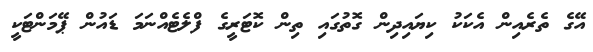
އޭގެ ތެރެއިން އެކަކު ކިޔައިދިން ގޮތުގައި ތިން ކޮޓަރީގެ ފްލެޓެއްނަމަ ޑައުން ޕޭމަންޓަކީ